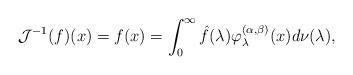
LaTeX: \begin{align*}\mathcal{J}^{-1}(f)(x)=f(x)=\int_0^\infty \hat{f}(\lambda)\varphi_\lambda^{(\alpha,\beta)}(x)d\nu(\lambda),\end{align*}